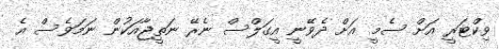
ވިކްޓަރީ އަށް ސެމީ އަށް ދެވޭނީ އީގަލްސް ނެރޭ ނަތީޖާއަކުން ނަމަވެސް އެ